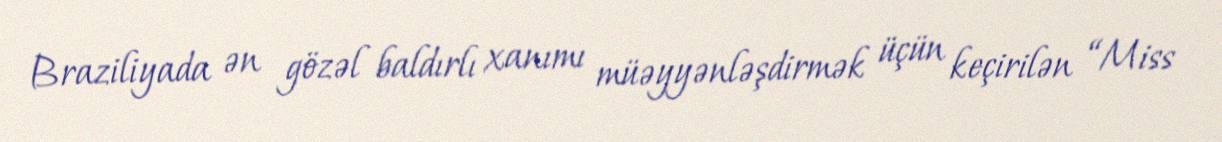
Braziliyada ən gözəl baldırlı xanımı müəyyənləşdirmək üçün keçirilən “Miss